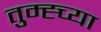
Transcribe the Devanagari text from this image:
तुम्ह्च्या